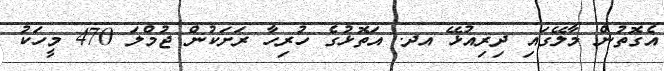
އެގޮތުން މާލޭގައި ދިރިއުޅޭ އދ. އަތޮޅުގެ ހުރިހާ ރަށަކުން ޖުމްލަ 470 މީހަކު